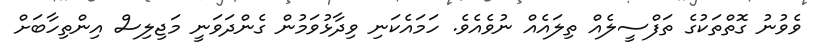
ވެވުނު ގޮތްތަކުގެ ތަފްސީލެއް ތިލައެއް ނުވެއެވެ. ހަމައެކަނި ވިދާޅުވަމުން ގެންދަވަނީ މަޖިލިސް އިންތިހާބަށް